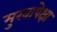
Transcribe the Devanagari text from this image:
मुखापेक्षा